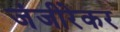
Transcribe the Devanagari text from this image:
जंजीरेकर